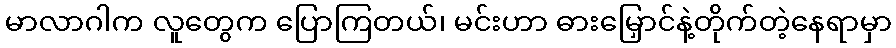
မာလာဂါက လူတွေက ပြောကြတယ်၊ မင်းဟာ ဓားမြှောင်နဲ့တိုက်တဲ့နေရာမှာ